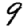
Digit: 9